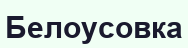
Белоусовка